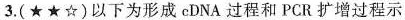
3.(★★☆)以下为形成cDNA过程和PCR扩增过程示